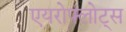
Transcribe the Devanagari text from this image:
एयरोफ्लोट्स